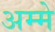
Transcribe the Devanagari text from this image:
अम्मे